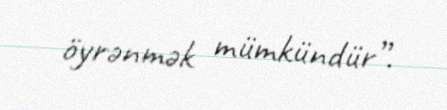
öyrənmək mümkündür”.